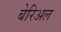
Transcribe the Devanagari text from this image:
बेरिअल